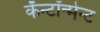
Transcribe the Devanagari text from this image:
कॅन्टॉन्मेन्ट